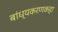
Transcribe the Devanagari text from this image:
बांध्यकरणकहा